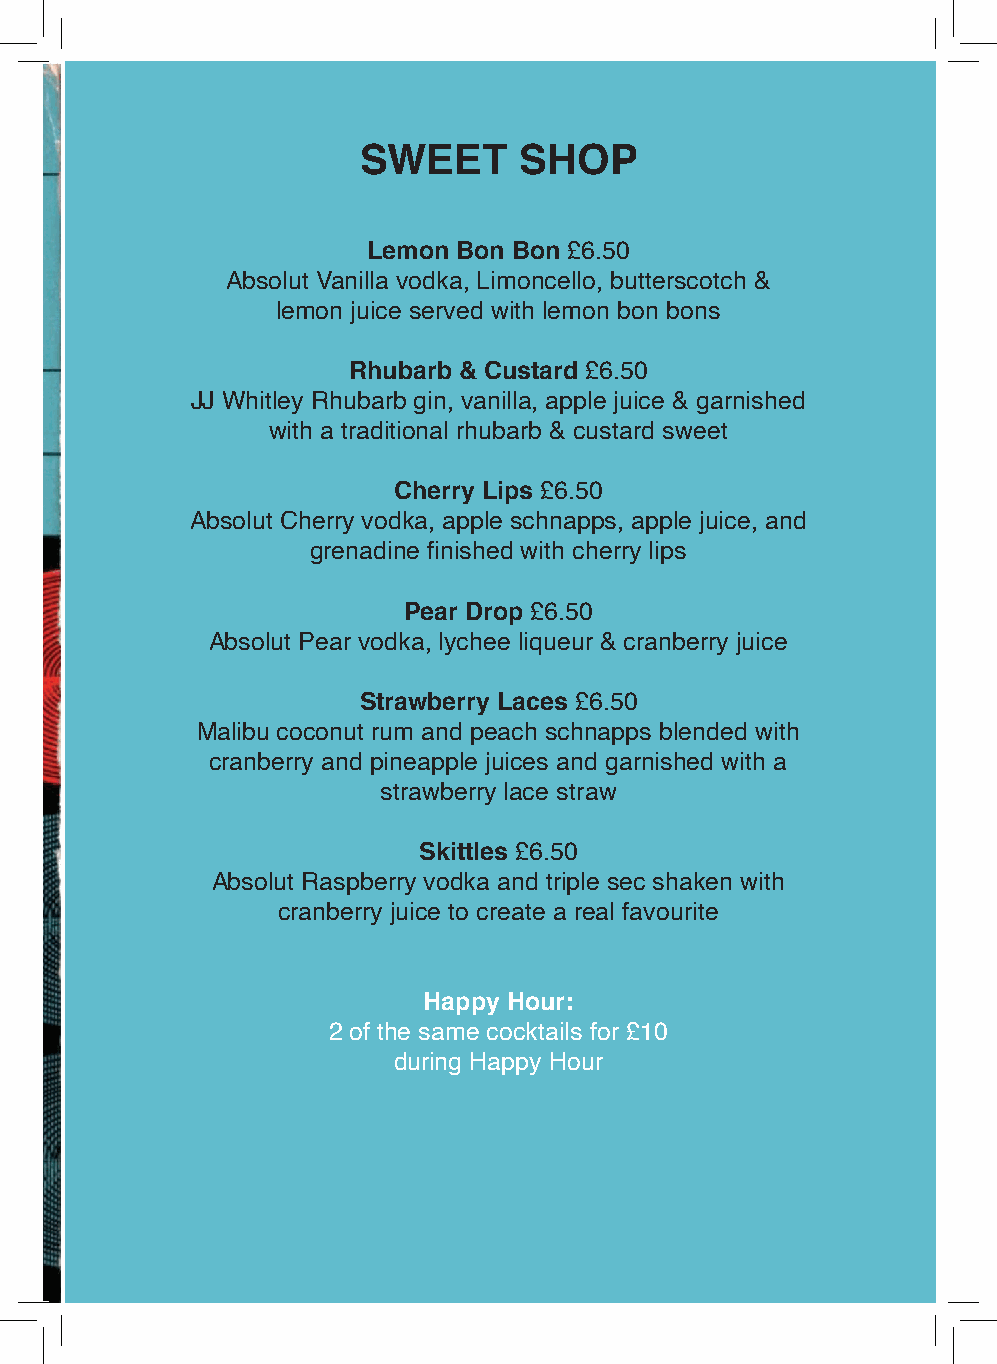
SWEET     SHOP
 Lemon Bon Bon £6.50
 Absolut Vanilla vodka, Limoncello, butterscotch &
 lemon juice served with lemon bon bons
 Rhubarb & Custard £6.50
 JJ Whitley Rhubarb gin, vanilla, apple juice & garnished
 with a traditional rhubarb & custard sweet
 Cherry Lips £6.50
 Absolut Cherry vodka, apple schnapps, apple juice, and
 grenadine finished with cherry lips
 Pear Drop £6.50
 Absolut Pear vodka, lychee liqueur & cranberry juice
 Strawberry Laces £6.50
 Malibu coconut rum and peach schnapps blended with
 cranberry and pineapple juices and garnished with a
 strawberry lace straw
 Skittles £6.50
 Absolut Raspberry vodka and triple sec shaken with
 cranberry juice to create a real favourite
 Happy Hour:
 2 of the same cocktails for £10
 during Happy Hour